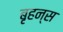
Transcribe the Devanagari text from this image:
बृहन्स